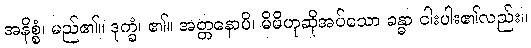
အနိစ္စံ၊ မည်၏။ ဒုက္ခံ၊ ၏။ အတ္တနောပိ၊ မိမိဟုဆိုအပ်သော ခန္ဓာ ငါးပါး၏လည်း။